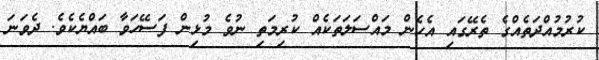
ކުރުމުއްދަތެއްގެ ތެރޭގައި އެހެން މައްސަލަތަކެއް ކުރިމަތި ނުވެ މުޅިން ފަސޭހަވާ ބައްޔެކެވެ. ދެވަނަ